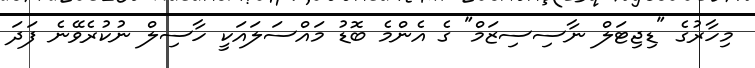
މިހާރުގެ "ޑިޖިޓަލް ނާސިސިޒަމް" ގެ އެންމެ ބޮޑު މައްސަލައަކީ ހާސިލް ނުކުރެވޭނެ ފަދަ